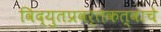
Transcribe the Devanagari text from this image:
विद्युतप्रवर्तकत्वाचे